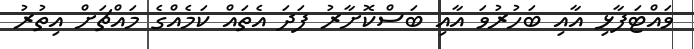
ވައްޓަފާޅި އާއި ބަހުރުވަ އާއި ބަސްކޮށާރު ފަދަ އެތައް ކަމެއްގެ މައްޗަށް އިތުރު